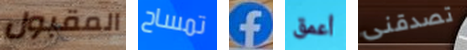
المقبول تمساح f أعمق تصدقنى